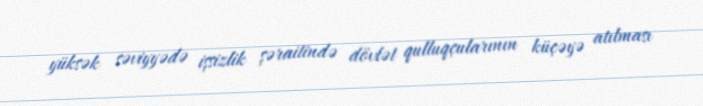
yüksək səviyyədə işsizlik şəraitində dövlət qulluqçularının küçəyə atılması